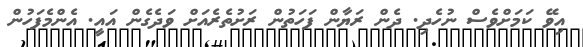
އިވޭ ކަމަށްވެސް ނުހެދި. ދެން ރަޔާން ފަހަތުން ރަށުތެރެއަށް ވަދެގެން އައީ. އެންމެފަހުން